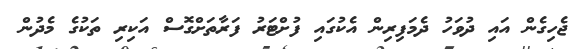
ޖެހިގެން އައި ދުވަހު ދެމަފިރިން އެކުގައި ފުށްޓަރު ފަރާތަށްގޮސް އަކިރި ތަކުގެ މެދުން